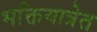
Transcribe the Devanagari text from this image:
भक्तियात्रेत